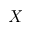
X